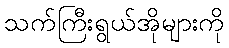
သက်ကြီးရွယ်အိုများကို